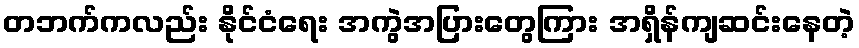
တဘက်ကလည်း နိုင်ငံရေး အကွဲအပြားတွေကြား အရှိန်ကျဆင်းနေတဲ့